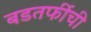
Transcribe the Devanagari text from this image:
बडतर्फीची